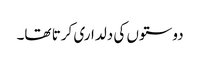
دوستوں کی دلداری کرتا تھا۔